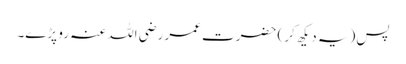
پس (یہ دیکھ کر) حضرت عمر رضی اللہ عنہ رو پڑے۔